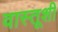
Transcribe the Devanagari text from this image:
वास्तूशी